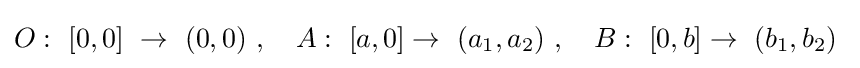
O:\ [0,0]\ \rightarrow \ (0,0)\ ,\quad A:\ [a,0]\rightarrow \ (a_{1},a_{2})\ ,\quad B:\ [0,b]\rightarrow \ (b_{1},b_{2})\